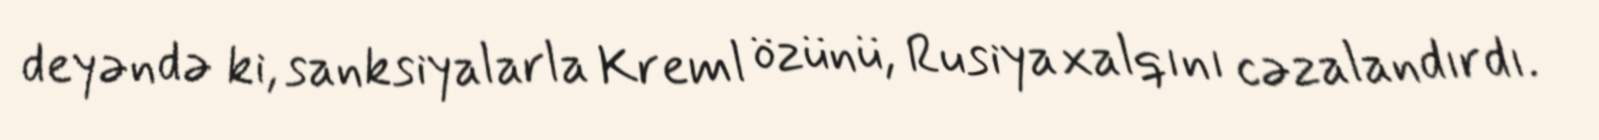
deyəndə ki, sanksiyalarla Kreml özünü, Rusiya xalqını cəzalandırdı.